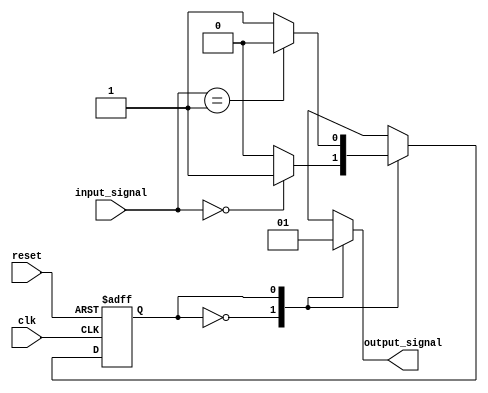
module moore_state_machine(
  input wire clk,
  input wire reset,
  input wire [2:0] input_signal,
  output reg output_signal
);

// Define states
parameter STATE_0 = 3'b000;
parameter STATE_1 = 3'b001;
parameter STATE_2 = 3'b010;

// Define state transition table
always @(posedge clk or posedge reset) begin
  if (reset) begin
    current_state <= STATE_0;
  end else begin
    case (current_state)
      STATE_0: begin
        if (input_signal == 3'b000) begin
          current_state <= STATE_1;
        end else begin
          current_state <= STATE_0;
        end
      end
      STATE_1: begin
        if (input_signal == 3'b001) begin
          current_state <= STATE_2;
        end else begin
          current_state <= STATE_1;
        end
      end
      STATE_2: begin
        if (input_signal == 3'b010) begin
          current_state <= STATE_0;
        end else begin
          current_state <= STATE_2;
        end
      end
    endcase
  end
end

// Define output signals based on current state
always @* begin
  case (current_state)
    STATE_0: begin
      output_signal = 1'b0;
    end
    STATE_1: begin
      output_signal = 1'b1;
    end
    STATE_2: begin
      output_signal = 1'b0;
    end
  endcase
end

endmodule